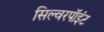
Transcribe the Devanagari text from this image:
सिल्वरपॉइंट